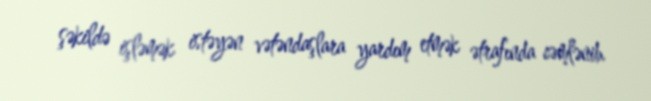
şəkildə işləmək istəyən vətəndaşlara yardım etmək ətrafında cəmlənib.